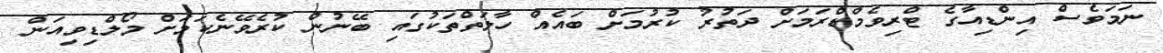
ނަމަވެސް އިންޑިއާގެ ޓްރިވެމްޑްރަމަށް ދަތުރު ކުރުމަށް ބައެއް ހާލަތްތަކުގައި ބޭނުން ކުރެވޭނެކަމަށް މޯލްޑިވިއަން